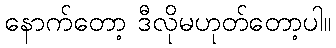
နောက်တော့ ဒီလိုမဟုတ်တော့ပါ။